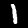
Digit: 1